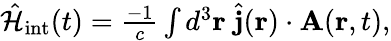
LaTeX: \begin{array}{r}{\hat{\mathcal{H}}_{\mathrm{int}}(t)=\frac{-1}{c}\int d^{3}{\mathbf r}\; \hat{{\mathbf j}}({\mathbf r})\cdot{\mathbf A}({\mathbf r},t),}\end{array}